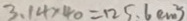
3 . 1 4 \times 4 0 = 1 2 5 . 6 ( c m ^ { 2 } )